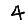
Digit: 4